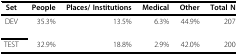
<table><thead><tr><td><b>Set</b></td><td><b>People</b></td><td><b>Places/ Institutions</b></td><td><b>Medical</b></td><td><b>Other</b></td><td><b>Total N</b></td></tr></thead><tbody><tr><td>DEV</td><td>35.3%</td><td>13.5%</td><td>6.3%</td><td>44.9%</td><td>207</td></tr><tr><td>TEST</td><td>32.9%</td><td>18.8%</td><td>2.9%</td><td>42.0%</td><td>200</td></tr></tbody></table>